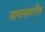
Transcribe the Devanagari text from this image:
साधनावरील